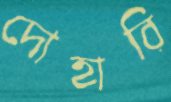
দোহারি